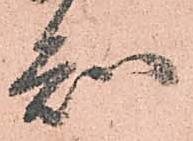
知